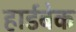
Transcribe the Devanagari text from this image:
हार्डबेक